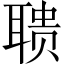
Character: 聩